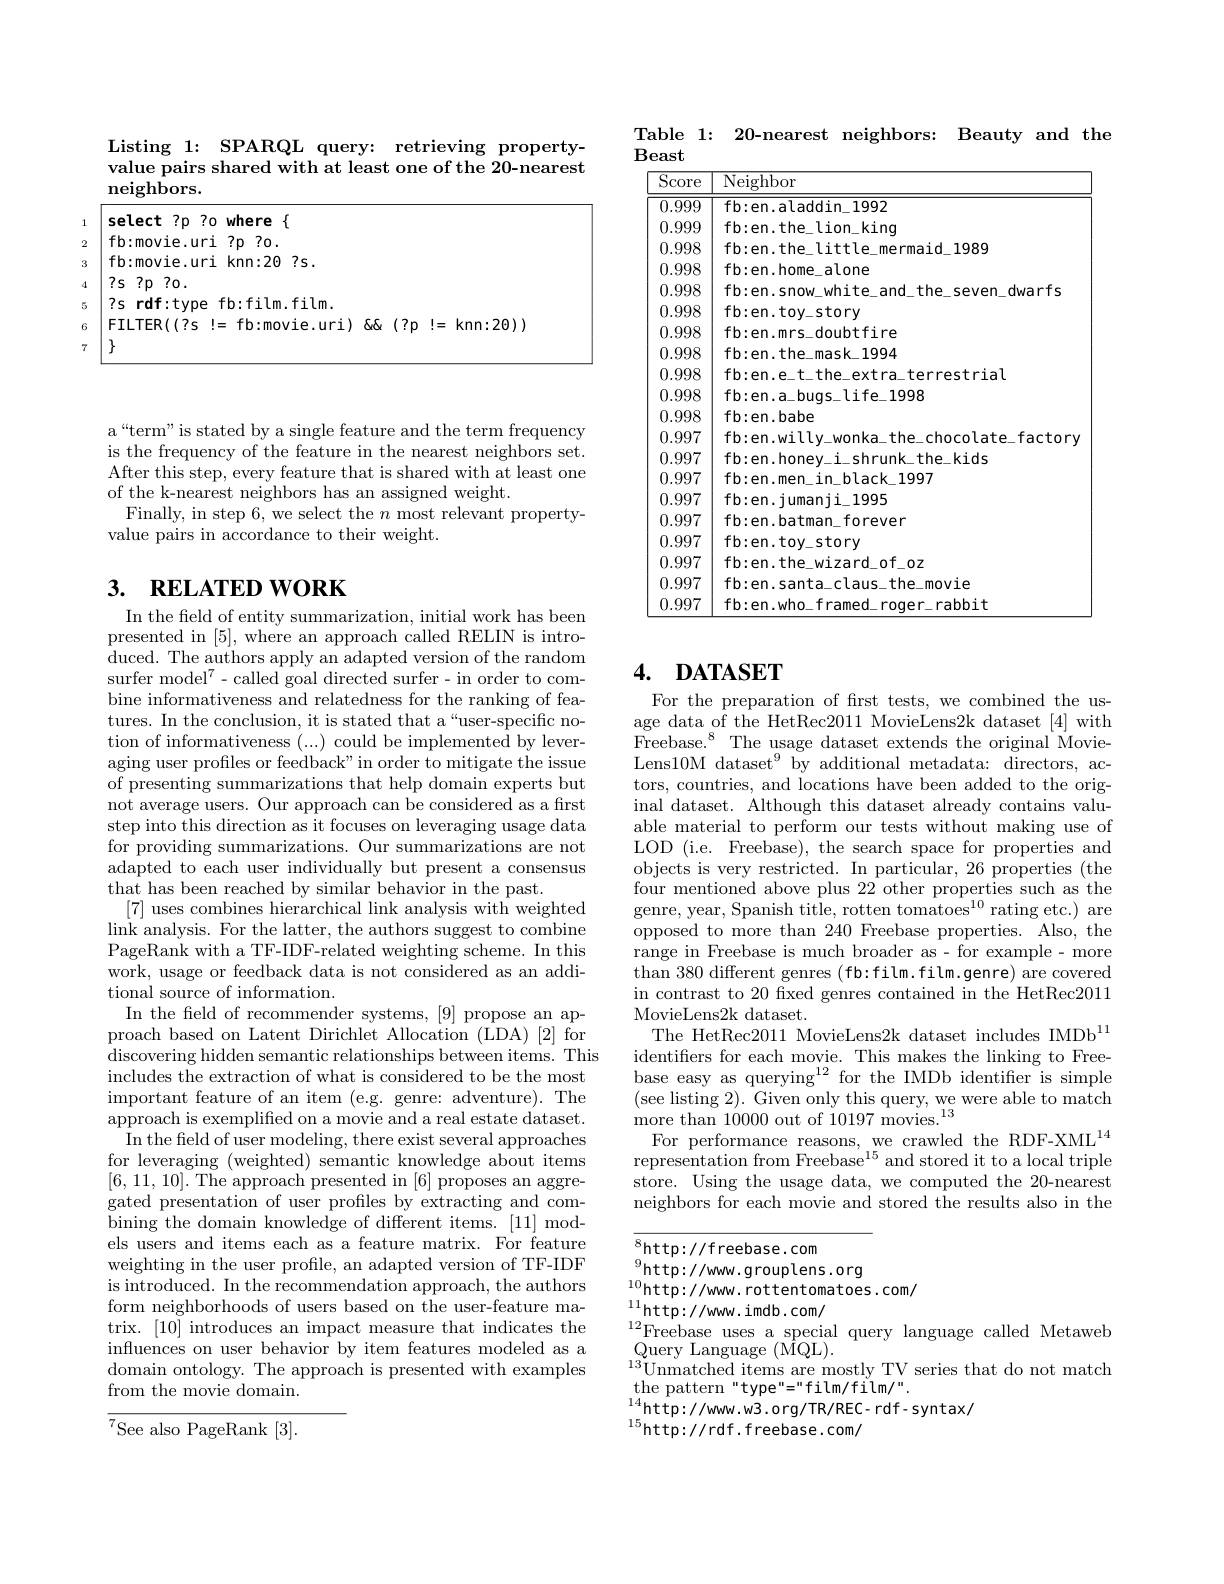
<table>
	<tbody>
		<tr>
			<td> </td>
			<td>value pairs shared with at least one of the 20-nearest ${\mathbf{meighbors}}.$</td>
		</tr>
		<tr>
			<td> </td>
			<td>70 70 where $\{$</td>
		</tr>
		<tr>
			<td> </td>
			<td>$:type~tb:t1lm.t1lm.$ FILTER( ( ? s: I= fb: movie. uri) QQ (?p!=knn:20))</td>
		</tr>
	</tbody>
</table>

a“term”is stated by a single feature and the term frequency is the frequency of the feature in the nearest neighbors set. After this step, every feature that is shared with at least one of the k-nearest neighbors has an assigned weight.
Finally, in step 6, we select the $n$ most relevant property-
value pairs in accordance to their weight.

# 3. RELATED WORK

In the field of entity summarization, initial work has been presented in [5], where an approach called RELIN is introduced. The authors apply an adapted version of the random surfer model$^7-$called goal directed surfer- in order to combine informativeness and relatedness for the ranking of features. In the conclusion, it is stated that a“user-specific notion of informativeness (...) could be implemented by leveraging user profiles or feedback" in order to mitigate the issue of presenting summarizations that help domain experts but not average users. Our approach can be considered as a first step into this direction as it focuses on leveraging usage data for providing summarizations. Our summarizations are not adapted to each user individually but present a consensus that has been reached by similar behavior in the past.
[7] uses combines hierarchical link analysis with weighted link analysis. For the latter, the authors suggest to combine PageRank with a TF-IDF-related weighting scheme. In this work, usage or feedback data is not considered as an additional source of information.
In the feld of recommender systems, [9] propose an approach based on Latent Dirichlet Allocation (LDA) [2] for discovering hidden semantic relationships between items. This includes the extraction of what is considered to be the most important feature of an item (e.g. genre: adventure). The approach is exemplified on a movie and a real estate dataset. In the field of user modeling, there exist several approaches for leveraging (weighted) semantic knowledge about items [6,11,10]. The approach presented in [6] proposes an aggregated presentation of user profles by extracting and combining the domain knowledge of different items. [11] models users and items each as a feature matrix. For feature weighting in the user profile, an adapted version of TF-IDF is introduced. In the recommendation approach, the authors form neighborhoods of users based on the user-feature matrix. [10] introduces an impact measure that indicates the influences on user behavior by item features modeled as a domain ontology. The approach is presented with examples from the movie domain. $\overline{^7\text{See also PageRank}}[3].$

$\textbf{Table}1:$

20-nearest neighbors: Beauty and the

$\mathbf{Beast}$
<table>
	<tbody>
		<tr>
			<th>${\overline{{\mathrm{Score}}}}$</th>
			<th>$\overline{\mathrm{Neighbor}}$</th>
		</tr>
		<tr>
			<td>0.999</td>
			<td>$fh$ MAT 1n 1992</td>
		</tr>
		<tr>
			<td>0.999</td>
			<td>king fb:en.the 10n</td>
		</tr>
		<tr>
			<td>0.998</td>
			<td>1989</td>
		</tr>
		<tr>
			<td>0.998</td>
			<td>fb:en.home alone</td>
		</tr>
		<tr>
			<td>0.998</td>
			<td>dwarfs $fh$</td>
		</tr>
		<tr>
			<td>0.998</td>
			<td>fb:en.toy_story</td>
		</tr>
		<tr>
			<td>0.998</td>
			<td>fb:en.mrs doubtfire</td>
		</tr>
		<tr>
			<td>0.998</td>
			<td>fh:en.t .1994 $\xi k$</td>
		</tr>
		<tr>
			<td>0.998</td>
			<td>rial $fh$</td>
		</tr>
		<tr>
			<td>0.998</td>
			<td>fh:en 1998</td>
		</tr>
		<tr>
			<td>0.998</td>
			<td>fb:en.babe</td>
		</tr>
		<tr>
			<td>0.997</td>
			<td> </td>
		</tr>
		<tr>
			<td>0.997</td>
			<td>$fh$ kids $\mathbf{fh}_{\mathrm{P}}$</td>
		</tr>
		<tr>
			<td>0.997</td>
			<td>$fh:$ 1997</td>
		</tr>
		<tr>
			<td>0.997</td>
			<td>fh:en.il -1995 iman11</td>
		</tr>
		<tr>
			<td>0.997</td>
			<td>$fh:\rho$ rever</td>
		</tr>
		<tr>
			<td>0.997</td>
			<td>$fb:en.toy_{-}story$</td>
		</tr>
		<tr>
			<td>0.997</td>
			<td>fh:en $0f_{-0}z$</td>
		</tr>
		<tr>
			<td>0.997</td>
			<td>$fh:$ movie</td>
		</tr>
		<tr>
			<td>0.997</td>
			<td>rabbit $+h$</td>
		</tr>
	</tbody>
</table>

# 4. DATASET

For the preparation of first tests, we combined the usage data of the HetRec2011 MovieLens2k dataset [4] with Freebase.$^{8}$The usage dataset extends the original MovieLens10M dataset$^9$ by additional metadata: directors, actors, countries, and locations have been added to the original dataset. Although this dataset already contains valuable material to perform our tests without making use of LOD (i.e. Freebase), the search space for properties and objects is very restricted. In particular, 26 properties (the four mentioned above plus 22 other properties such as the genre, year, Spanish title, rotten tomatoes$^10$ rating etc.) are opposed to more than 240 Freebase properties. Also, the range in Freebase is much broader as- for example- more than 380 different genres ( fb:film.film.genre) are covered in contrast to 20 fixed genres contained in the HetRec2011 MovieLens2k dataset.
The HetRec2011 MovieLens2k dataset includes IMDb$^11$ identifiers for each movie. This makes the linking to Freebase easy as querying$^{12}$ for the IMDb identifer is simple (see listing 2). Given only this query, we were able to match
For performance reasons, we crawled the RDF-XML$^{14}$ $\hat{\text{representation from Freebase}^{15}}$ and stored it to a local triple store. Using the usage data, we computed the 20-nearest neighbors for each movie and stored the results also in the

${}_{0}^{8}$http://freebase.com
$^{9}$http://www.grouplens.org
$^{10}$http://www. rottentomatoes.com/
$^{11}$http://www.imdb.com/
$^{12}$Freebase uses a special query language called Metaweb
Query Language ( $\hat{M}$QL) .
$^{13}$Unmatched items are mostly TV series that do not match
$\mathop{\mathrm{the~pattern~"type"="film/film/".}}$
$^{14}$http://www.w3.org/TR/REC-rdf-syntax/
$^{15}$http://rdf.freebase.com/